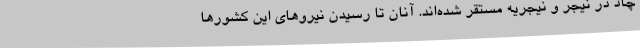
چاد در نیجر و نیجریه مستقر شده‌اند. آنان تا رسیدن نیروهای این کشورها